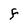
Character: F